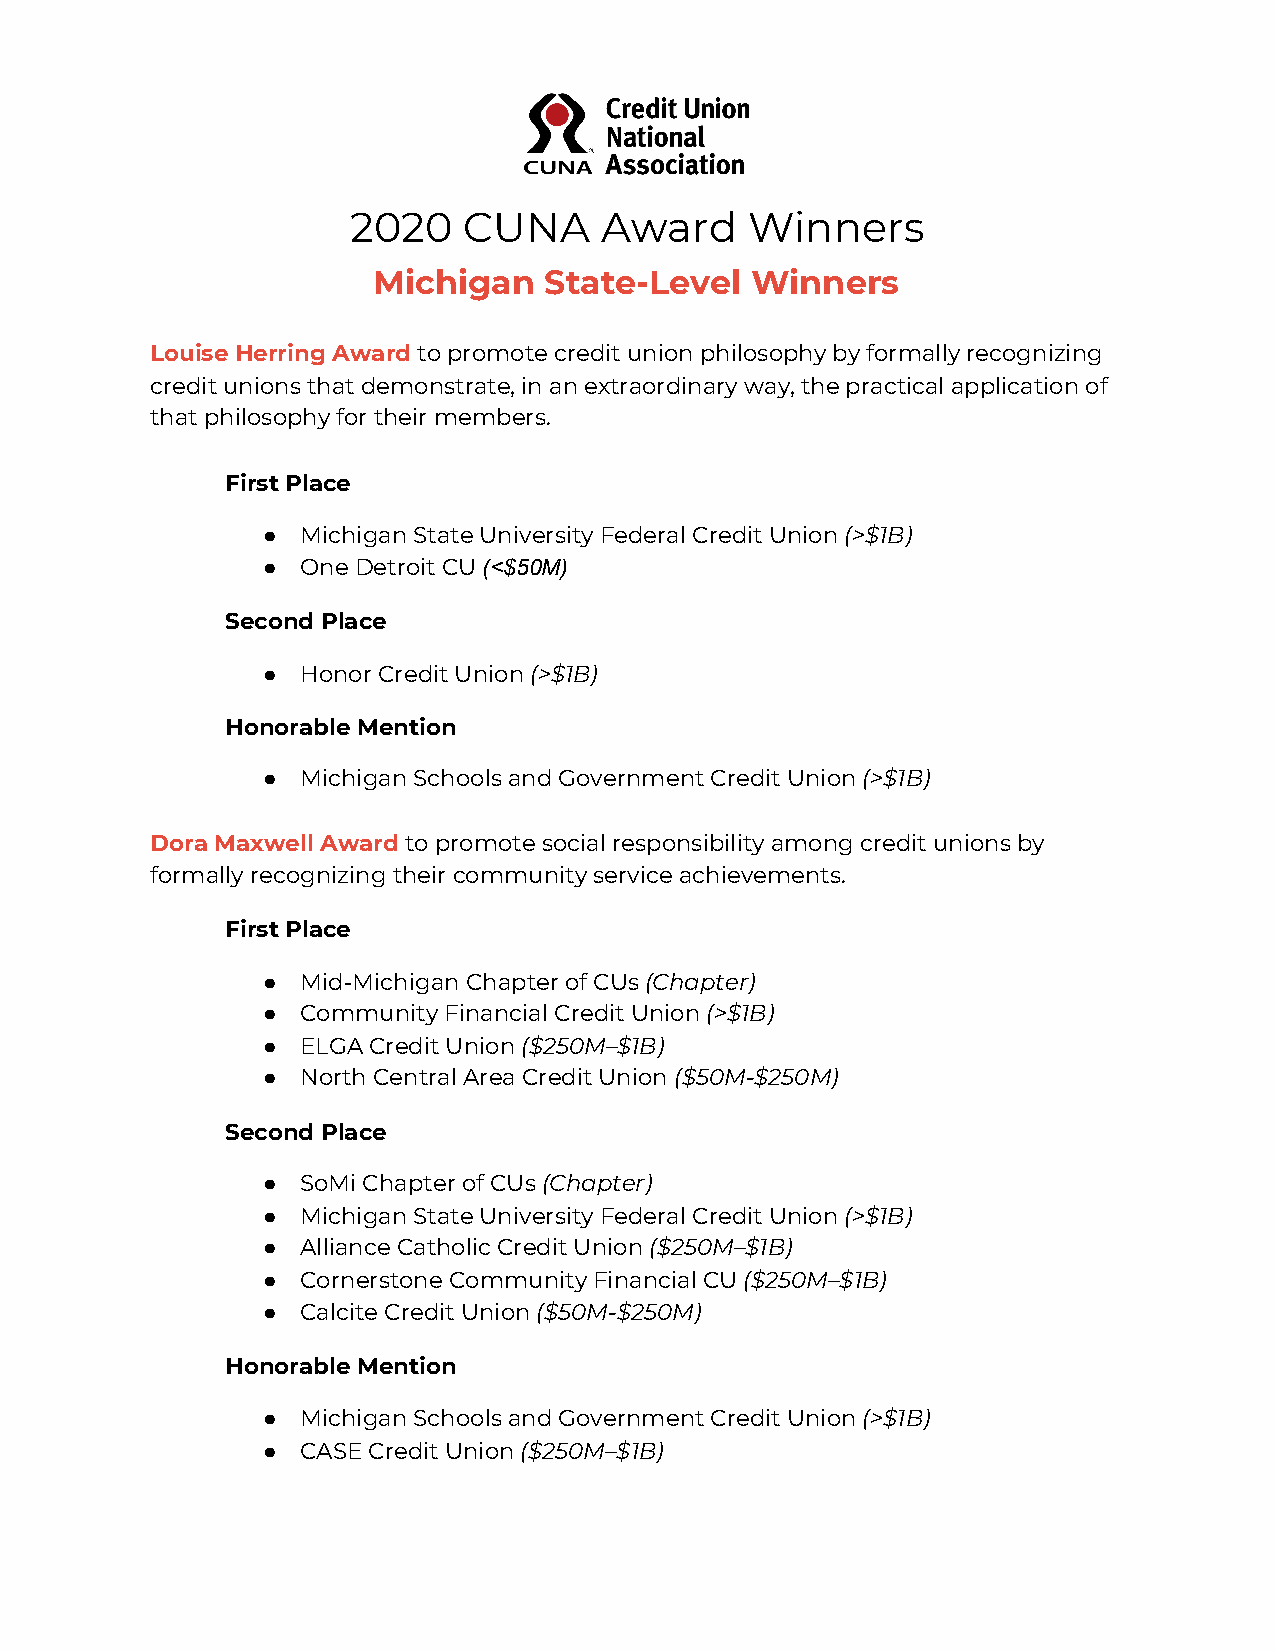
2020    CUNA     Award     Winners
 Michigan   State-Level   Winners
 Louise Herring Award ​to promote credit union philosophy by formally recognizing
 credit unions that demonstrate, in an extraordinary way, the practical application of
 that philosophy for their members.
 First Place
 ●  Michigan State University Federal Credit Union (​ >$1B)
 ●  One Detroit CU ​(<$50M)
 Second Place
 ●  Honor Credit Union ​(>$1B)
 Honorable Mention
 ●  Michigan Schools and Government Credit Union (​ >$1B)
 Dora Maxwell Award​ t​ o promote social responsibility among credit unions by
 formally recognizing their community service achievements.
 First Place
 ●  Mid-Michigan Chapter of CUs ​(Chapter)
 ●  Community Financial Credit Union ​(>$1B)
 ●  ELGA Credit Union ​($250M–$1B)
 ●  North Central Area Credit Union (​ $50M-$250M)
 Second Place
 ●  SoMi Chapter of CUs ​(Chapter)
 ●  Michigan State University Federal Credit Union (​ >$1B)
 ●  Alliance Catholic Credit Union (​ $250M–$1B)
 ●  Cornerstone Community Financial CU ​($250M–$1B)
 ●  Calcite Credit Union (​ $50M-$250M)
 Honorable Mention
 ●  Michigan Schools and Government Credit Union (​ >$1B)
 ●  CASE Credit Union ​($250M–$1B)